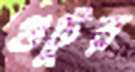
গুটুর